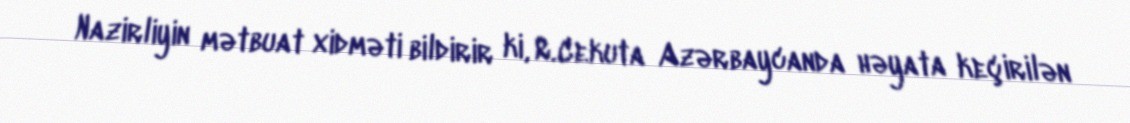
Nazirliyin mətbuat xidməti bildirir ki, R.Cekuta Azərbaycanda həyata keçirilən